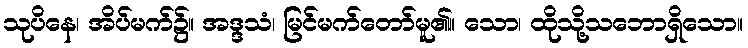
သုပိနေ၊ အိပ်မက်၌။ အဒ္ဒသံ၊ မြင်မက်တော်မူ၏။ သော၊ ထိုသို့သဘောရှိသော။